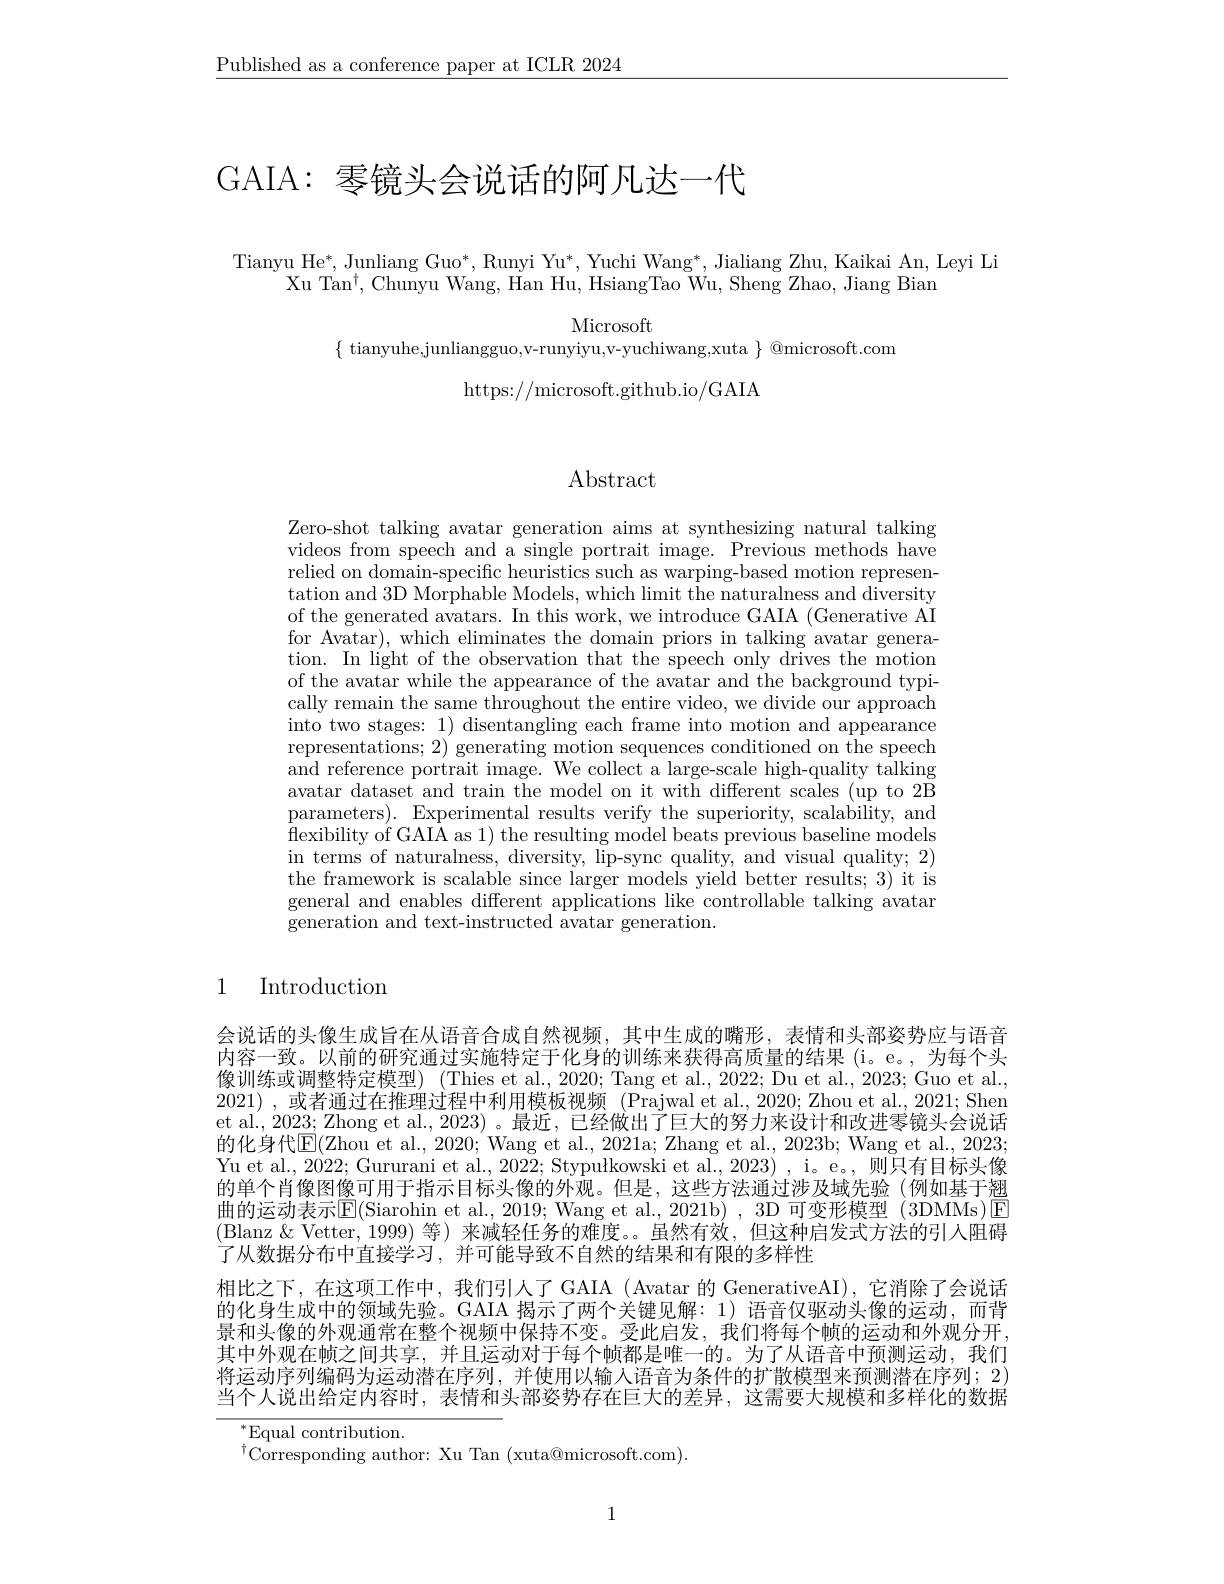
$\underline{\text{Published as a conference paper at ICLR 2024}}$

# GAIA: 零镜头会说话的阿凡达一代

Tianyu He$^*$, Junliang Guo$^*,\text{Runyi Yu}^*,\text{ Yuchi Wang}^*$, Jialiang Zhu, Kaikai An, Leyi Li
Xu Tan$^\dagger$,Chunyu Wang, Han Hu,HsiangTao Wu,Sheng Zhao, Jiang Bian

Microsoft
$\{$ tianyuhe,junliangguo,v-runyiyu,v-yuchiwang,xuta $\}$ @microsoft.com

https://microsoft.github.io/GAIA

$\operatorname{Abstract}$

Zero-shot talking avatar generation aims at synthesizing natural talking videos from speech and a single portrait image. Previous methods have relied on domain-specific heuristics such as warping-based motion representation and 3D Morphable Models, which limit the naturalness and diversity of the generated avatars. In this work, we introduce GAIA (Generative AI for Avatar), which eliminates the domain priors in talking avatar generation. In light of the observation that the speech only drives the motion of the avatar while the appearance of the avatar and the background typically remain the same throughout the entire video, we divide our approach into two stages: 1) disentangling each frame into motion and appearance representations; 2) generating motion sequences conditioned on the speech and reference portrait image. We collect a large-scale high-quality talking avatar dataset and train the model on it with different scales (up to 2B parameters). Experimental results verify the superiority, scalability, and ${\mathrm{flexibility~of~GAIA~as~1)~the~resulting~model~beats~previous~baseline~models}}$ in terms of naturalness, diversity, lip-sync quality, and visual quality; 2) the framework is scalable since larger models yield better results; 3) it is general and enables different applications like controllable talking avatar generation and text-instructed avatar generation.

## 1 Introduction

会说话的头像生成旨在从语音合成自然视频，其中生成的嘴形，表情和头部姿势应与语音内容一致。以前的研究通过实施特定于化身的训练来获得高质量的结果 (i。e。,为每个头像训练或调整特定模型) (Thies et al., 2020; Tang et al., 2022; Du et al., 2023; Guo et al., 2021) ,或者通过在推理过程中利用模板视频 (Prajwal et al., 2020; Zhou et al., 2021; Shen et al., 2023; Zhong et al., 2023) 。最近，已经做出了巨大的努力来设计和改进零镜头会说话的化身代E(Zhou et al., 2020; Wang et al., 2021a; Zhang et al., 2023b; Wang et al., 2023; Yu et al., 2022; Gururani et al., 2022; Stypułkowski et al., 2023) , i。e。, 则只有目标头像的单个肖像图像可用于指示目标头像的外观。但是，这些方法通过涉及域先验(例如基于翘曲的运动表示$\operatorname{E}($Siarohin et al., 2019; Wang et al., 2021b) , 3D 可变形模型 (3DMMs) E (Blanz &Vetter,1999) 等) 来减轻任务的难度。。虽然有效，但这种启发式方法的引入阻碍了从数据分布中直接学习，并可能导致不自然的结果和有限的多样性
相比之下，在这项工作中，我们引人了GAIA(Avatar的GenerativeAI),它消除了会说话的化身生成中的领域先验。GAIA 揭示了两个关键见解：1)语音仅驱动头像的运动，而背景和头像的外观通常在整个视频中保持不变。受此启发，我们将每个帧的运动和外观分开， 其中外观在帧之间共享，并且运动对于每个帧都是唯一的。为了从语音中预测运动，我们将运动序列编码为运动潜在序列，并使用以输入语音为条件的扩散模型来预测潜在序列；2) 当个人说出给定内容时，表情和头部姿势存在巨大的差异，这需要大规模和多样化的数据
$^*$Equal contribution.
$^{\dagger}$Corresponding author: Xu Tan (xuta@microsoft.com).

1